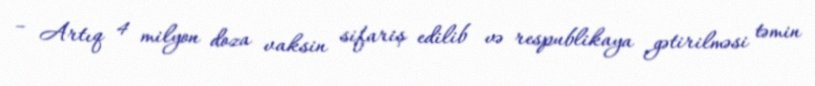
– Artıq 4 milyon doza vaksin sifariş edilib və respublikaya gətirilməsi təmin